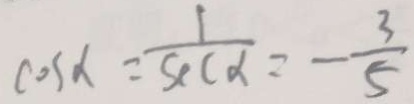
\cos \alpha = \frac { 1 } { s e c \alpha } = - \frac { 3 } { 5 }